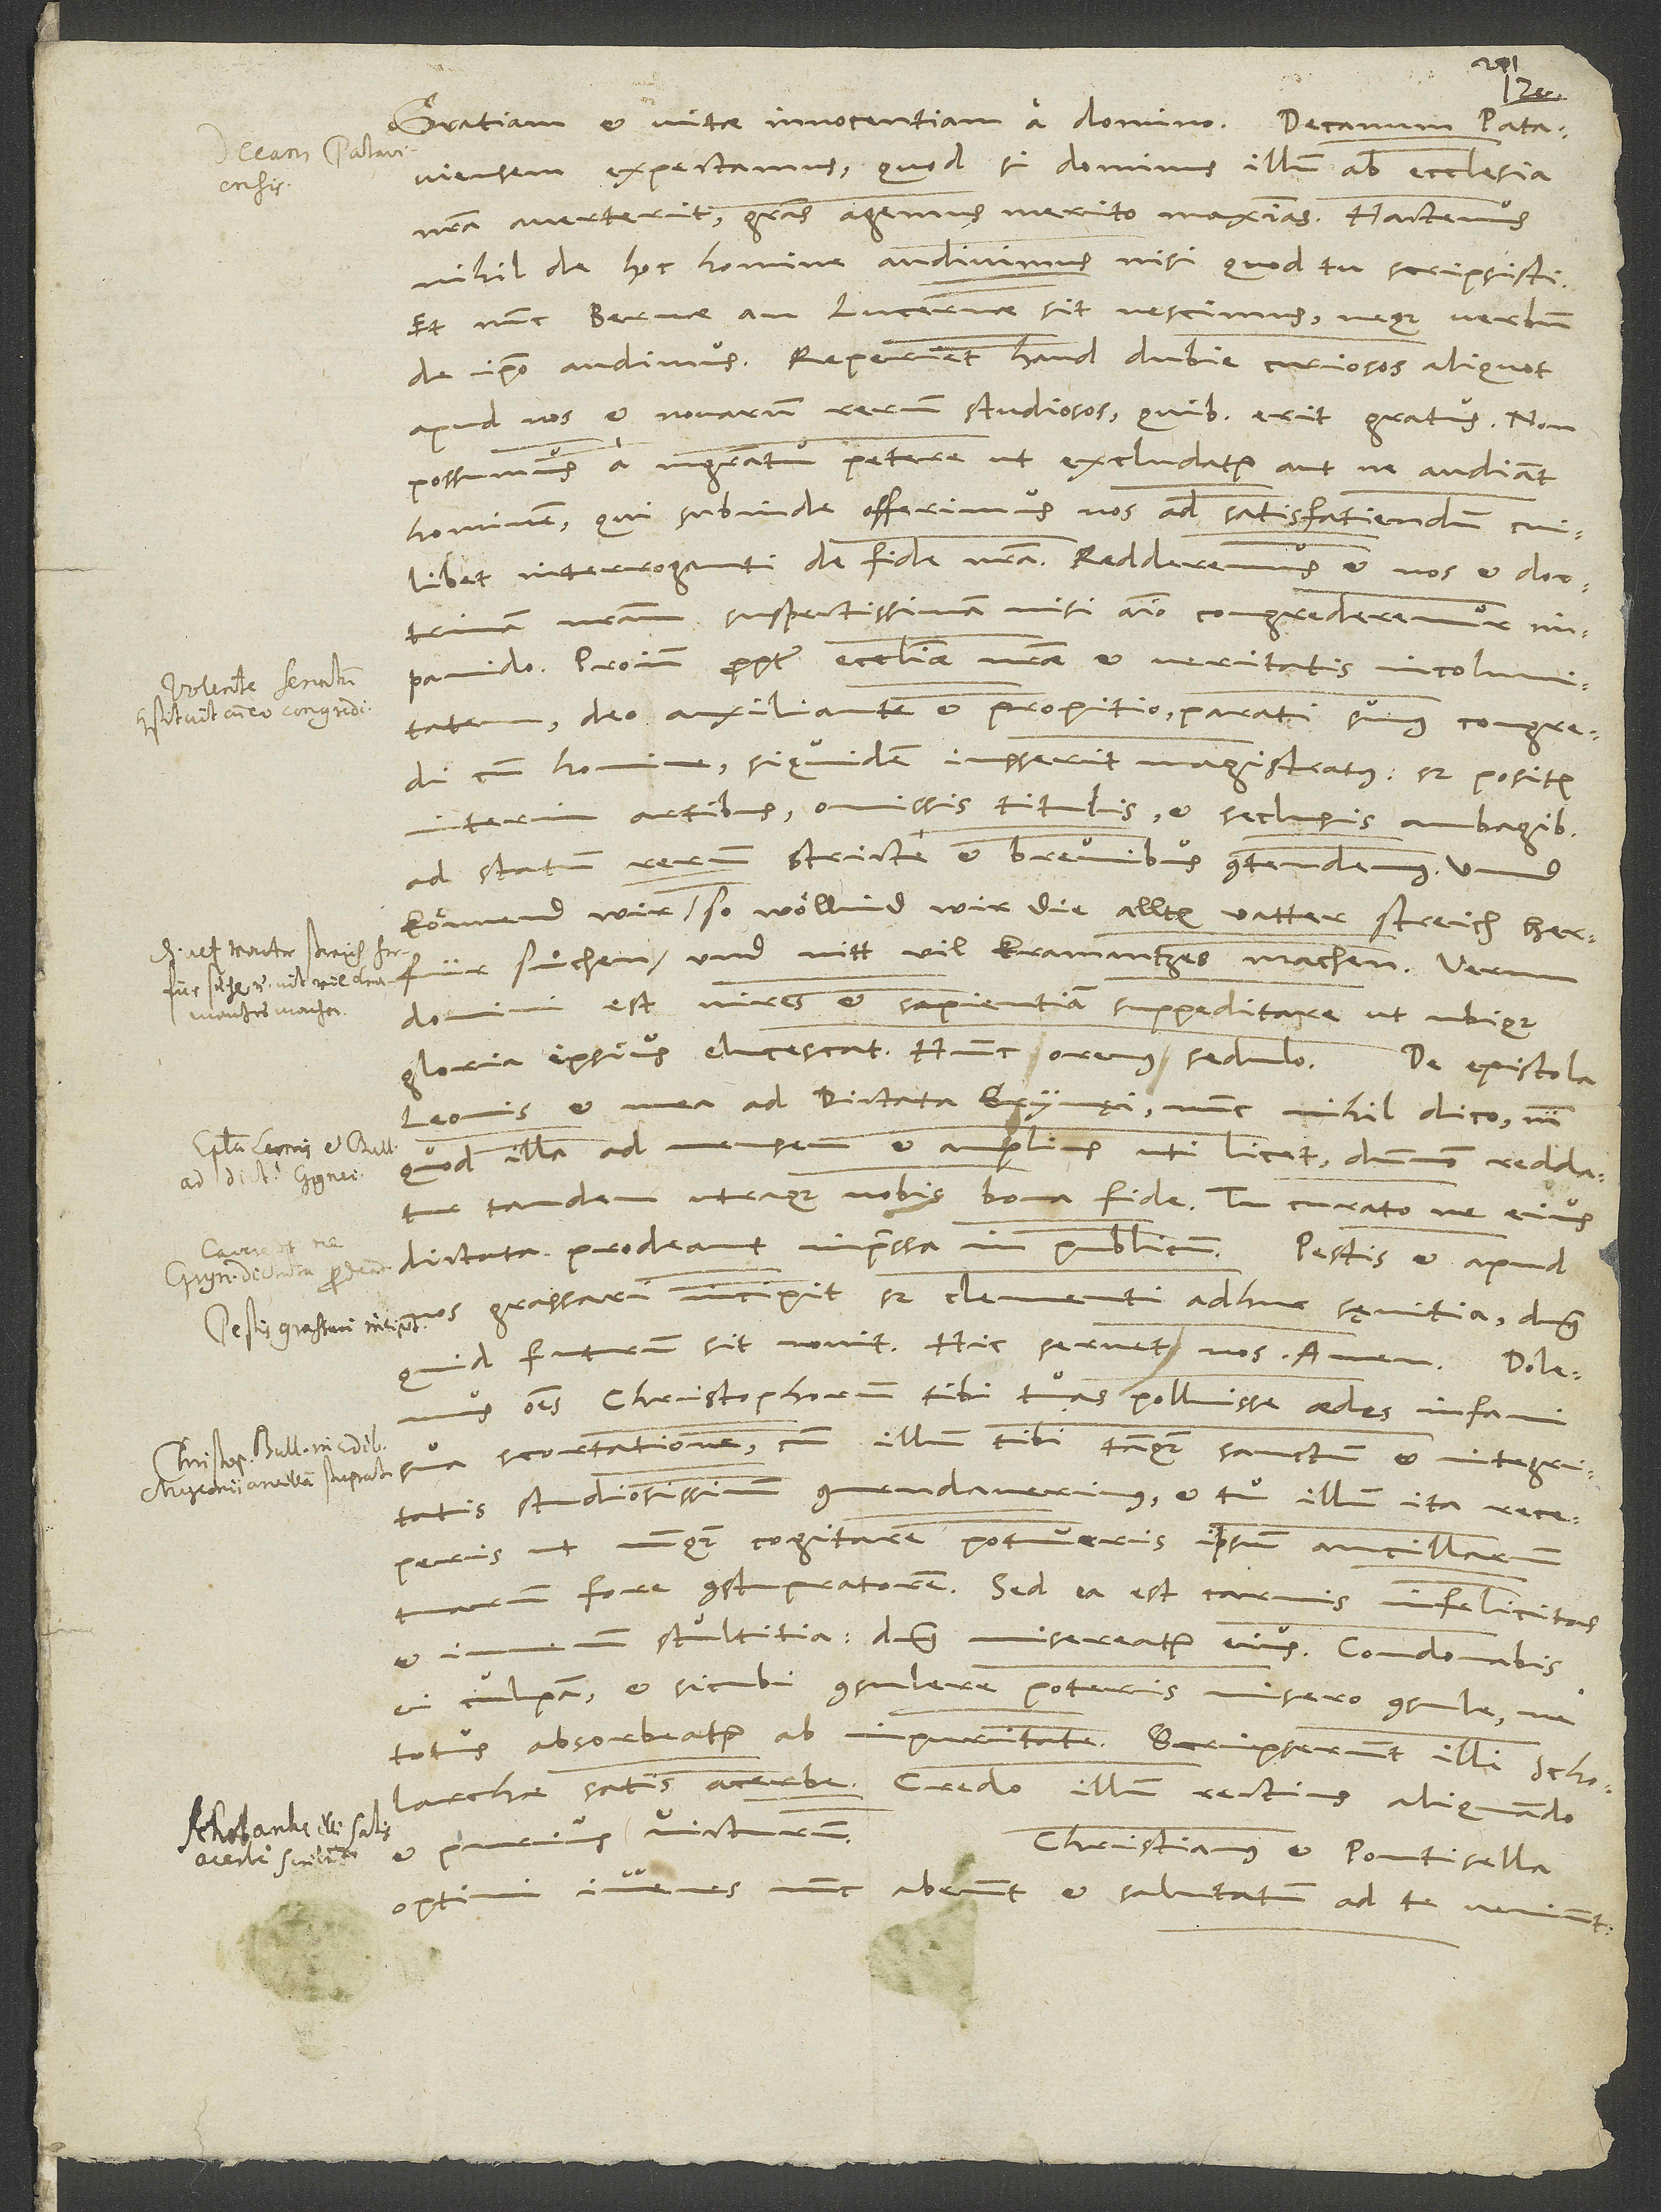
Pataviensem expectamus; quod si dominus illum ab ecclesia
nostra averterit, gratias agemus merito maximas. Hactenus
nihil de hoc homine audivimus, nisi quod tu scripsisti.
Et nunc Bernae an Lucernae sit, nescimus neque verbum
de ipso audimus. Reperiet haud dubie curiosos aliquot
apud nos et novarum rerum studiosos, quibus erit gratus. Non
possumus a magistratu petere, ut excludatur aut ne audiant
hominem, qui subinde offerimus nos ad satisfatiendum cuilibet
doctrinam nostram suspectissimam, nisi animo congrederemur
impavido. Proinde propter ecclesiae nostrae et veritatis incolumitatem,
deo auxiliante et propitio, parati sumus congredi
cum homine, siquidem iusserit magistratus; sed positis
interim artibus, omissis titulis et seclusis ambagibus
ad statum rerum stricte et brevibus contendemus. Unnd
könnend wir, so wöllind wir die allten vatter streich herfür
suͦchen und nitt vil kramantzes machen. Verum
domini est vires et sapientiam suppeditare, ut ubique
Leonis et mea ad dictata Grynęi nunc nihil dico, nisi
quod illa ad mensem et amplius uti licet, dummodo reddatur
tandem utraque nobis bona fide. Tu curato, ne eius
nos grassari incipit, sed clementi adhuc sęvitia; dominus,
quid futurum sit, novit. Hic servet nos. Amen.
omnes Christophorum tibi tuas polluisse aedes infami
sua scortatione, cum illum tibi tanquam sanctum et integritatis
studiosissimum commendaverimus et tu illum ita receperis,
ut nunquam cogitare potueris ipsum ancillarum
tuarum fore constupratorem. Sed ea est carnis infelicitas
et iuvenum stultitia; dominus misereatur eius. Condonabis
ei culpam, et sicubi consulere poteris misero consule, ne
scholarchae satis acerbe. Credo illum rectius aliquando
Christianus et Pontisella,
optimi iuvenes, nunc aberunt et salutatum ad te veniunt.